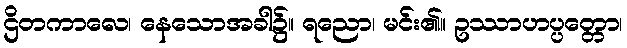
ဌိတကာလေ၊ နေသောအခါ၌။ ရညော၊ မင်း၏။ ဥဿာဟပ္ပတ္တော၊